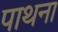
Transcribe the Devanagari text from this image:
पाथना